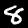
Digit: 8